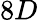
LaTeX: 8D